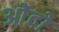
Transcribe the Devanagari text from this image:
ओंदो